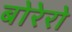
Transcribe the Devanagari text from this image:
बोरेरो